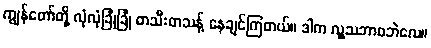
ကျွန်တော်တို့ လုံလုံခြုံခြုံ တသီးတသန့် နေချင်ကြတယ်။ ဒါက လူ့သဘာဝဘဲလေ။